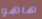
هاهو